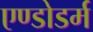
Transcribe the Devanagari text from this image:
एण्डोडर्म